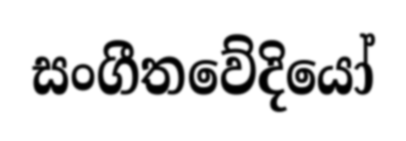
සංගීතවේදියෝ